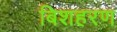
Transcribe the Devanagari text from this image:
बिशहरण